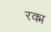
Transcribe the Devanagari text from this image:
रक्म